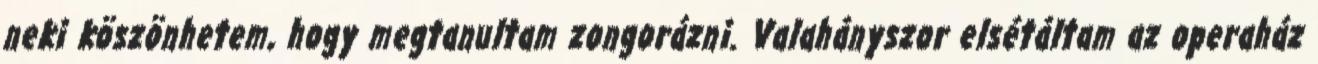
neki köszönhetem, hogy megtanultam zongorázni. Valahányszor elsétáltam az operaház